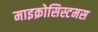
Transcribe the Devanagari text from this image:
माइक्रोसिस्टमस